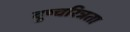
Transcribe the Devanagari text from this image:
दुष्चरित्रता